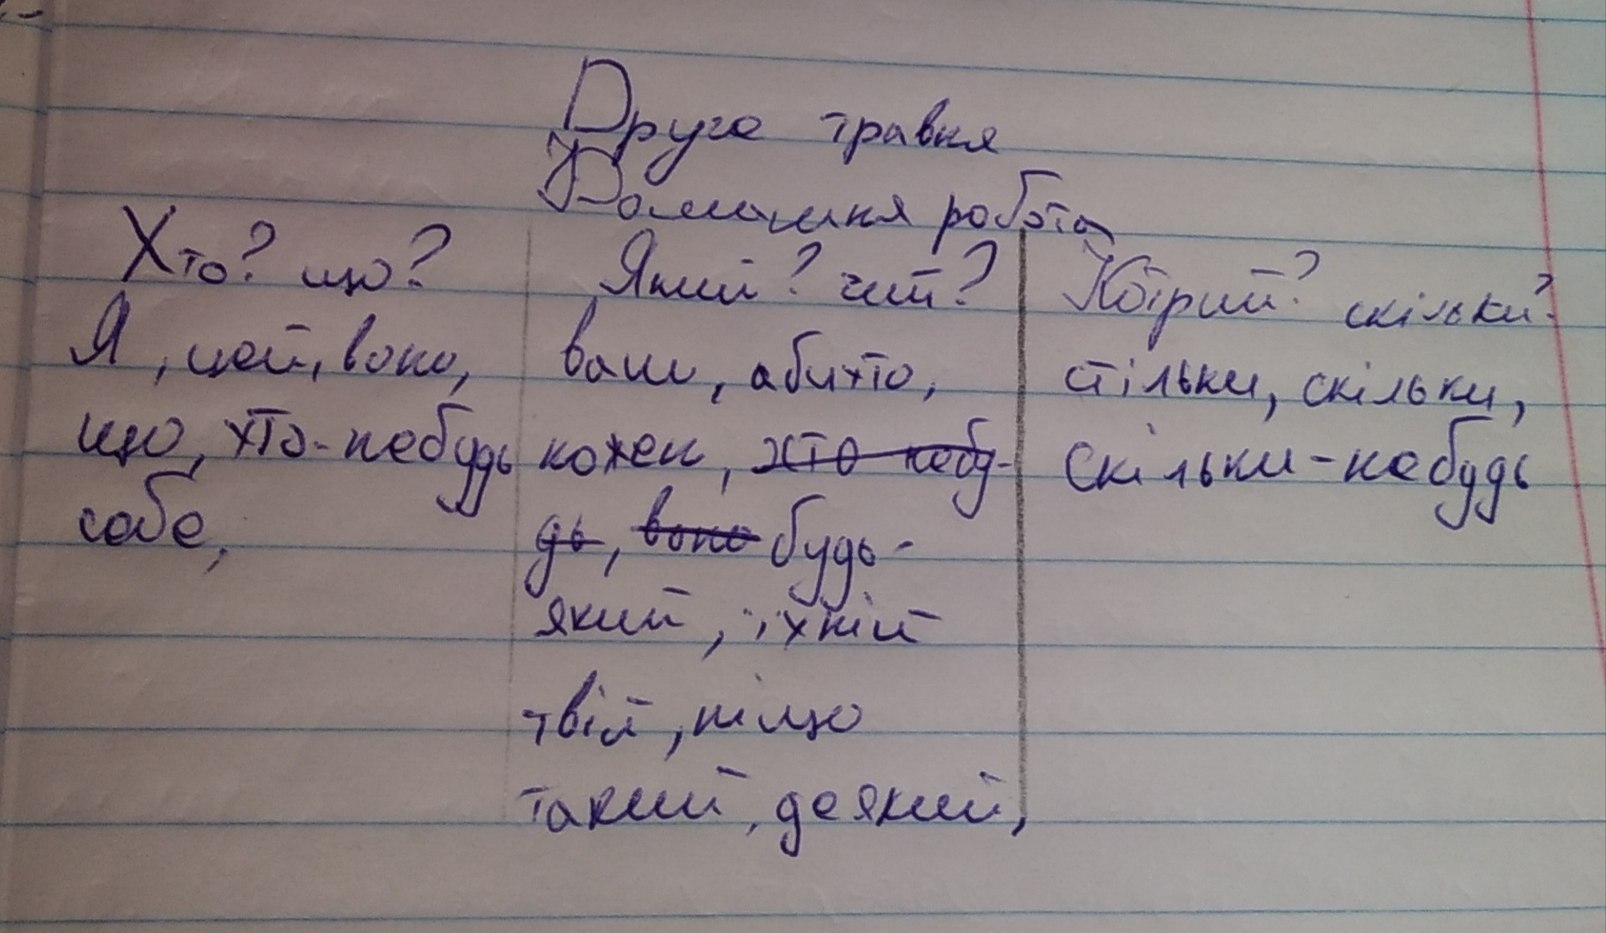
Друге травня
Домашня робота
Хто? що? | Який? чий? | Котрий? скільки?
я, цей, вони | ваш, абихто, | стільки, скільки,
що, хто-небудь | кожен, ~~хто небу-~~ | скільки-небудь
себе, | ~~дь, воно~~ будь- |
| | який, їхній | |
| | твій, ніщо | |
| | такий, деякий| |